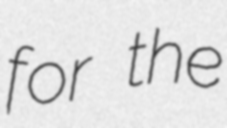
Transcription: for the